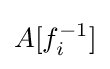
A[f_{i}^{-1}]